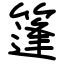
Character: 篷